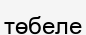
төбеле